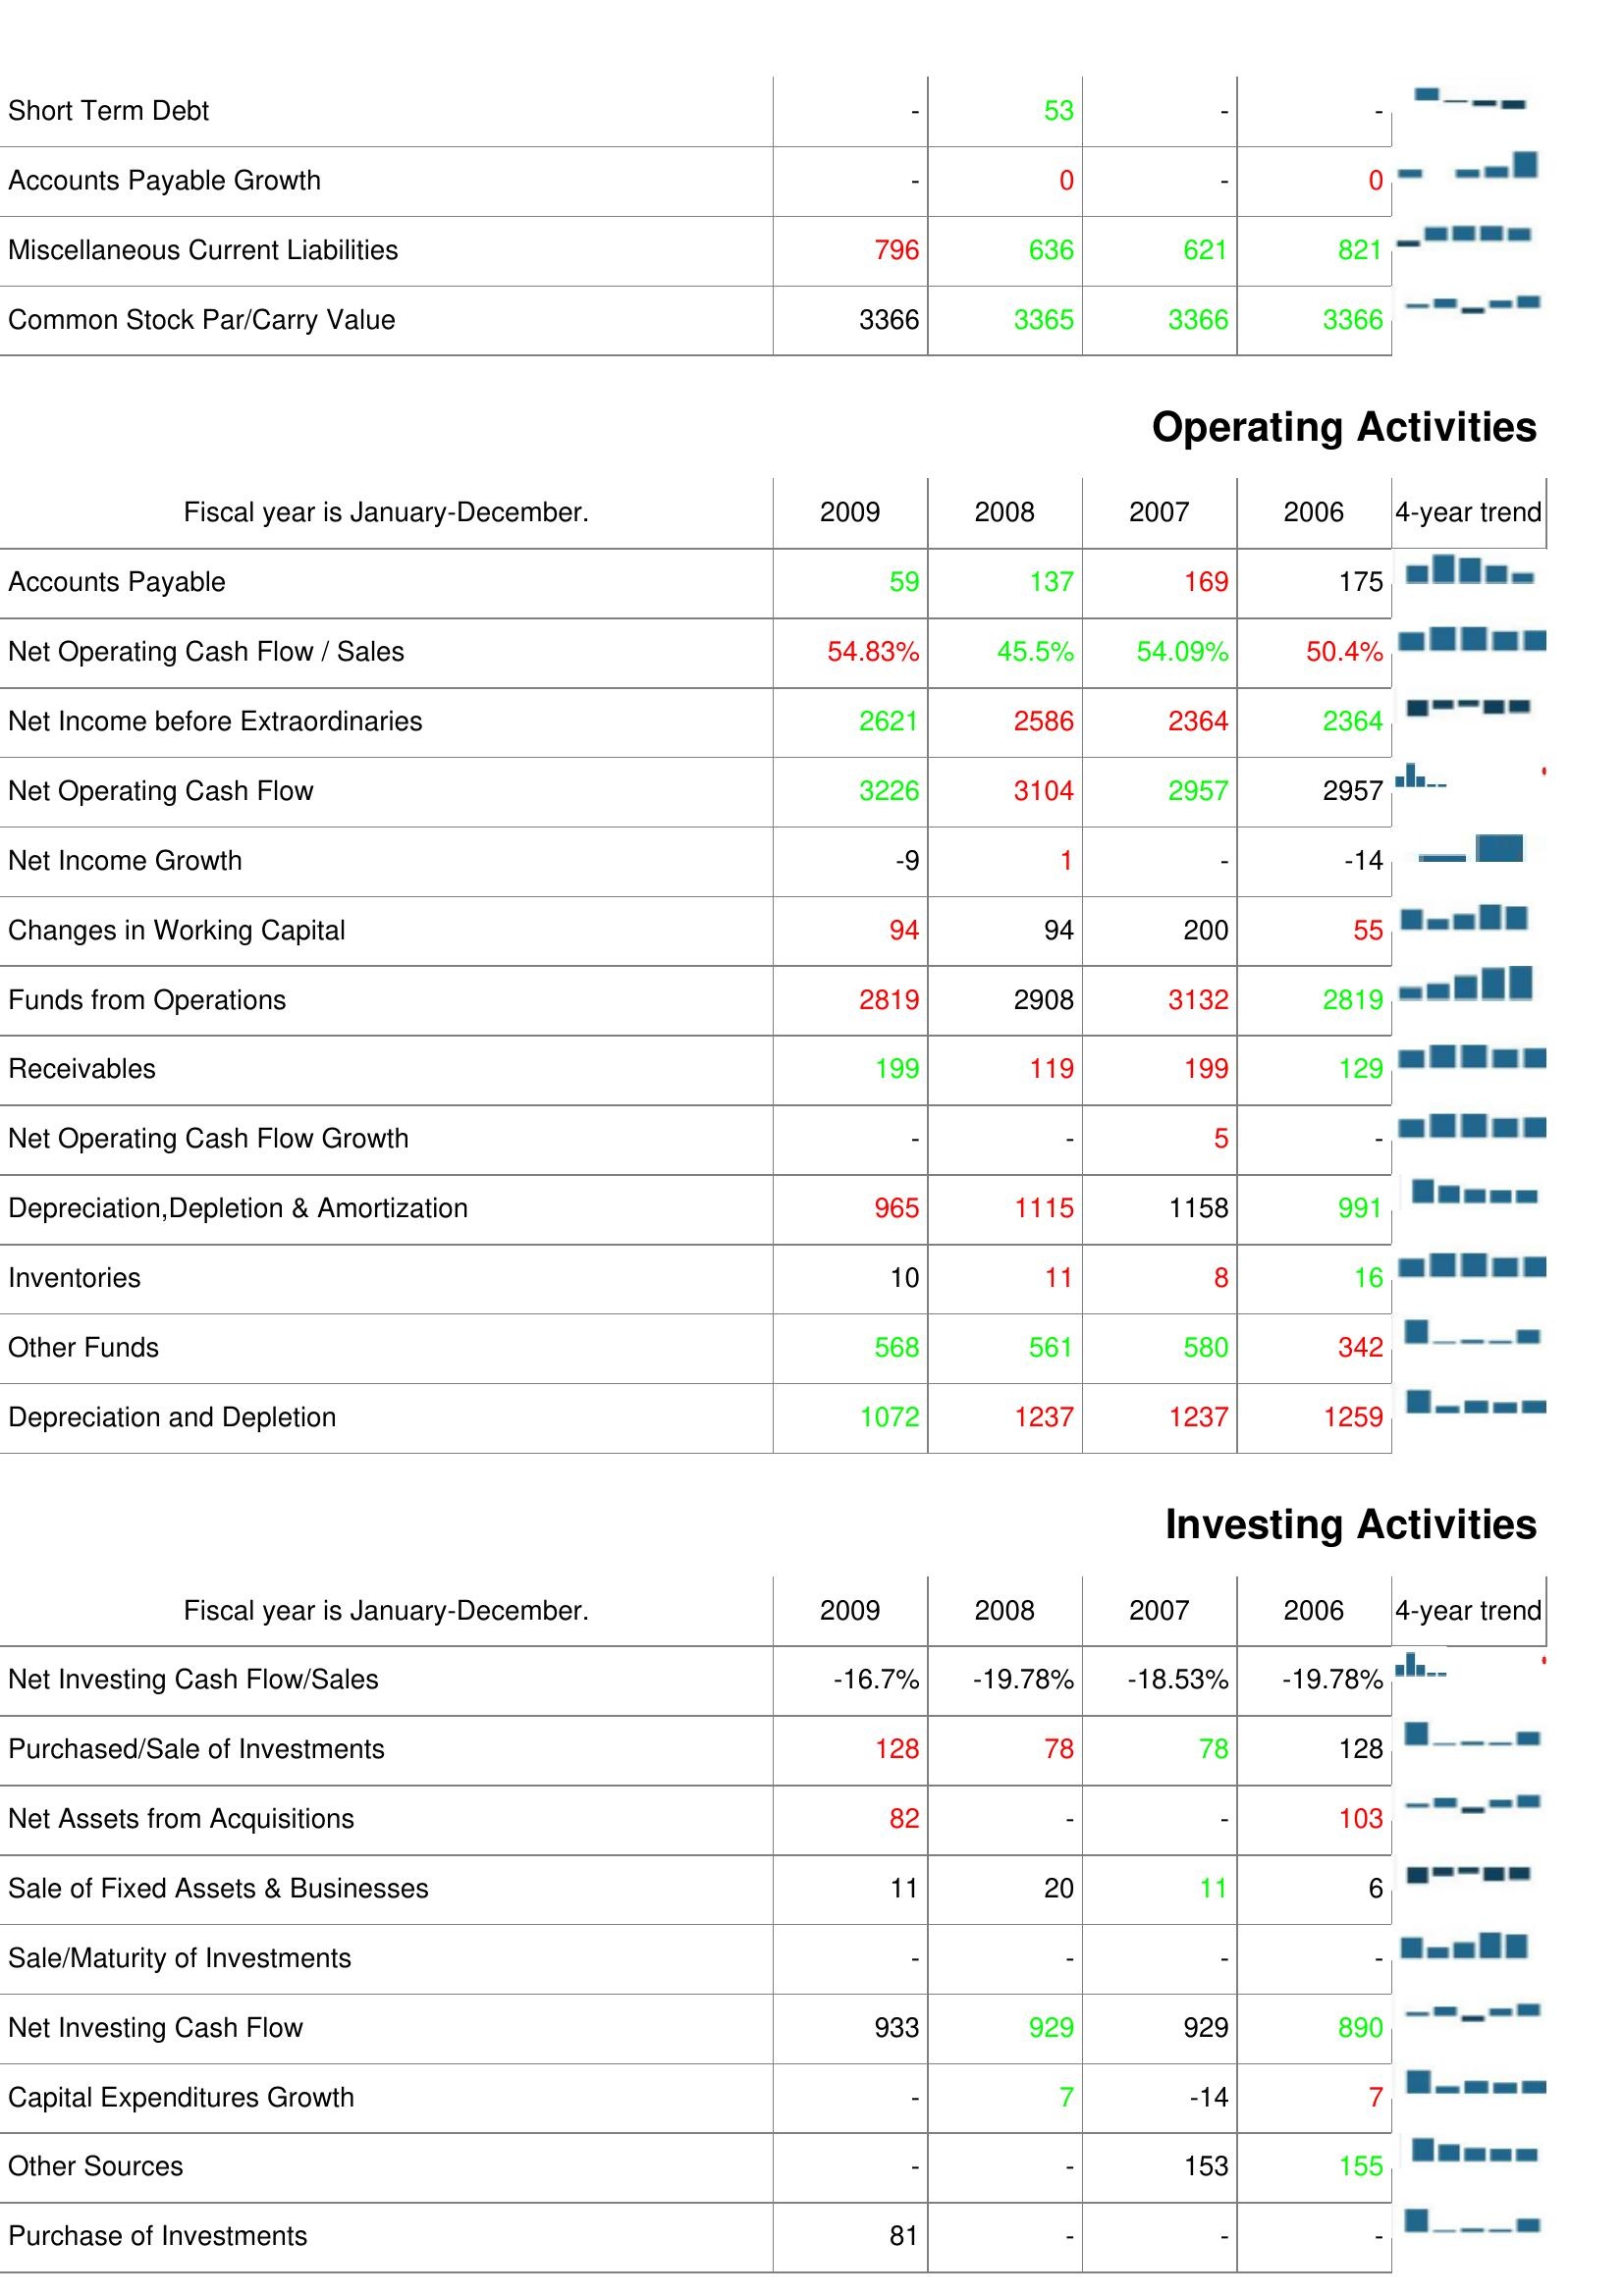
2009: Liabilities & Shareholder's Equity: Short Term Debt: -
Accounts Payable Growth: -
Miscellaneous Current Liabilities: 796
Common Stock Par/Carry Value: 3366
Operating Activities: Accounts Payable: 59
Net Operating Cash Flow / Sales: 54.83%
Net Income before Extraordinaries: 2621
Net Operating Cash Flow: 3226
Net Income Growth: -9
Changes in Working Capital: 94
Funds from Operations: 2819
Receivables: 199
Net Operating Cash Flow Growth: -
Depreciation,Depletion & Amortization: 965
Inventories: 10
Other Funds: 568
Depreciation and Depletion: 1072
Investing Activities: Net Investing Cash Flow/Sales: -16.7%
Purchased/Sale of Investments: 128
Net Assets from Acquisitions: 82
Sale of Fixed Assets & Businesses: 11
Sale/Maturity of Investments: -
Net Investing Cash Flow: 933
Capital Expenditures Growth: -
Other Sources: -
Purchase of Investments: 81
2008: Liabilities & Shareholder's Equity: Short Term Debt: 53
Accounts Payable Growth: 0
Miscellaneous Current Liabilities: 636
Common Stock Par/Carry Value: 3365
Operating Activities: Accounts Payable: 137
Net Operating Cash Flow / Sales: 45.5%
Net Income before Extraordinaries: 2586
Net Operating Cash Flow: 3104
Net Income Growth: 1
Changes in Working Capital: 94
Funds from Operations: 2908
Receivables: 119
Net Operating Cash Flow Growth: -
Depreciation,Depletion & Amortization: 1115
Inventories: 11
Other Funds: 561
Depreciation and Depletion: 1237
Investing Activities: Net Investing Cash Flow/Sales: -19.78%
Purchased/Sale of Investments: 78
Net Assets from Acquisitions: -
Sale of Fixed Assets & Businesses: 20
Sale/Maturity of Investments: -
Net Investing Cash Flow: 929
Capital Expenditures Growth: 7
Other Sources: -
Purchase of Investments: -
2007: Liabilities & Shareholder's Equity: Short Term Debt: -
Accounts Payable Growth: -
Miscellaneous Current Liabilities: 621
Common Stock Par/Carry Value: 3366
Operating Activities: Accounts Payable: 169
Net Operating Cash Flow / Sales: 54.09%
Net Income before Extraordinaries: 2364
Net Operating Cash Flow: 2957
Net Income Growth: -
Changes in Working Capital: 200
Funds from Operations: 3132
Receivables: 199
Net Operating Cash Flow Growth: 5
Depreciation,Depletion & Amortization: 1158
Inventories: 8
Other Funds: 580
Depreciation and Depletion: 1237
Investing Activities: Net Investing Cash Flow/Sales: -18.53%
Purchased/Sale of Investments: 78
Net Assets from Acquisitions: -
Sale of Fixed Assets & Businesses: 11
Sale/Maturity of Investments: -
Net Investing Cash Flow: 929
Capital Expenditures Growth: -14
Other Sources: 153
Purchase of Investments: -
2006: Liabilities & Shareholder's Equity: Short Term Debt: -
Accounts Payable Growth: 0
Miscellaneous Current Liabilities: 821
Common Stock Par/Carry Value: 3366
Operating Activities: Accounts Payable: 175
Net Operating Cash Flow / Sales: 50.4%
Net Income before Extraordinaries: 2364
Net Operating Cash Flow: 2957
Net Income Growth: -14
Changes in Working Capital: 55
Funds from Operations: 2819
Receivables: 129
Net Operating Cash Flow Growth: -
Depreciation,Depletion & Amortization: 991
Inventories: 16
Other Funds: 342
Depreciation and Depletion: 1259
Investing Activities: Net Investing Cash Flow/Sales: -19.78%
Purchased/Sale of Investments: 128
Net Assets from Acquisitions: 103
Sale of Fixed Assets & Businesses: 6
Sale/Maturity of Investments: -
Net Investing Cash Flow: 890
Capital Expenditures Growth: 7
Other Sources: 155
Purchase of Investments: -